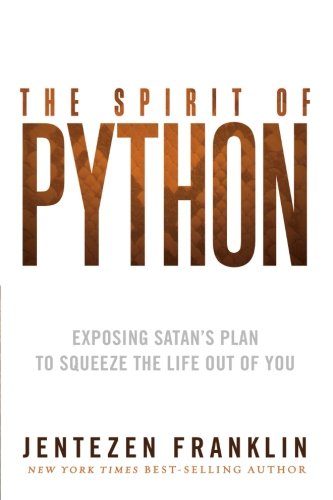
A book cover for The Spirit of Python: Exposing Satan's Plan to Squeeze the Life Out of You; Jentezen Franklin; Christian Books & Bibles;